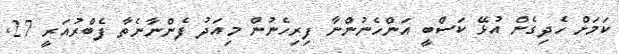
ކަމަށް ހެދިގެން އުޅޭ ކަސްބީ އަންހެނުންނާ ފިރިހެނުން މިއަދު ފެންނާނެތާ ފެބްރުއަރީ 27